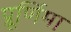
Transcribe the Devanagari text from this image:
प्रूर्णिमा